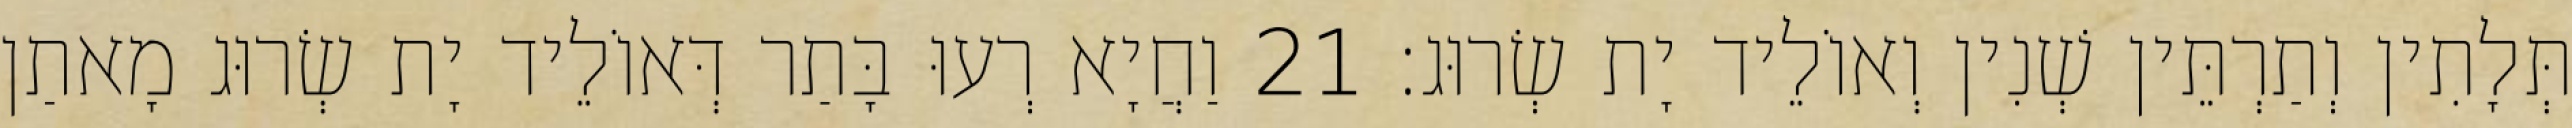
תְּלָתִין וְתַרְתֵּין שְׁנִין וְאוֹלֵיד יָת שְׂרוּג׃ 21 וַחֲיָא רְעוּ בָּתַר דְּאוֹלֵיד יָת שְׂרוּג מָאתַן